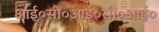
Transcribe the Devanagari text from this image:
आई०सी०आई०सी०आई०